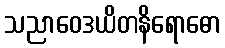
သညာဝေဒယိတနိရောဓော